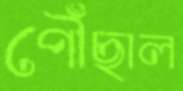
পৌঁছাল